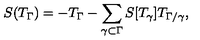
S ( T _ { \Gamma } ) = - T _ { \Gamma } - \sum _ { \gamma \subset \Gamma } S [ T _ { \gamma } ] T _ { \Gamma / \gamma } ,